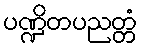
ပဏ္ဍိတပညတ္တံ